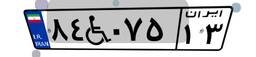
۸۴W۰۷۵۱۳